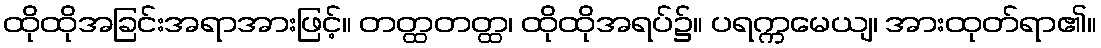
ထိုထိုအခြင်းအရာအားဖြင့်။ တတ္ထတတ္ထ၊ ထိုထိုအရပ်၌။ ပရက္ကမေယျ၊ အားထုတ်ရာ၏။